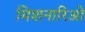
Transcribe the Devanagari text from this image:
मिशनारिओं